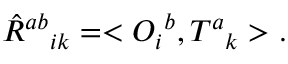
\hat { R } ^ { a b } { } _ { i k } = < O _ { i } { } ^ { b } , T ^ { a } { } _ { k } > .